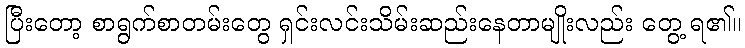
ပြီးတော့ စာရွက်စာတမ်းတွေ ရှင်းလင်းသိမ်းဆည်းနေတာမျိုးလည်း တွေ့ ရ၏။